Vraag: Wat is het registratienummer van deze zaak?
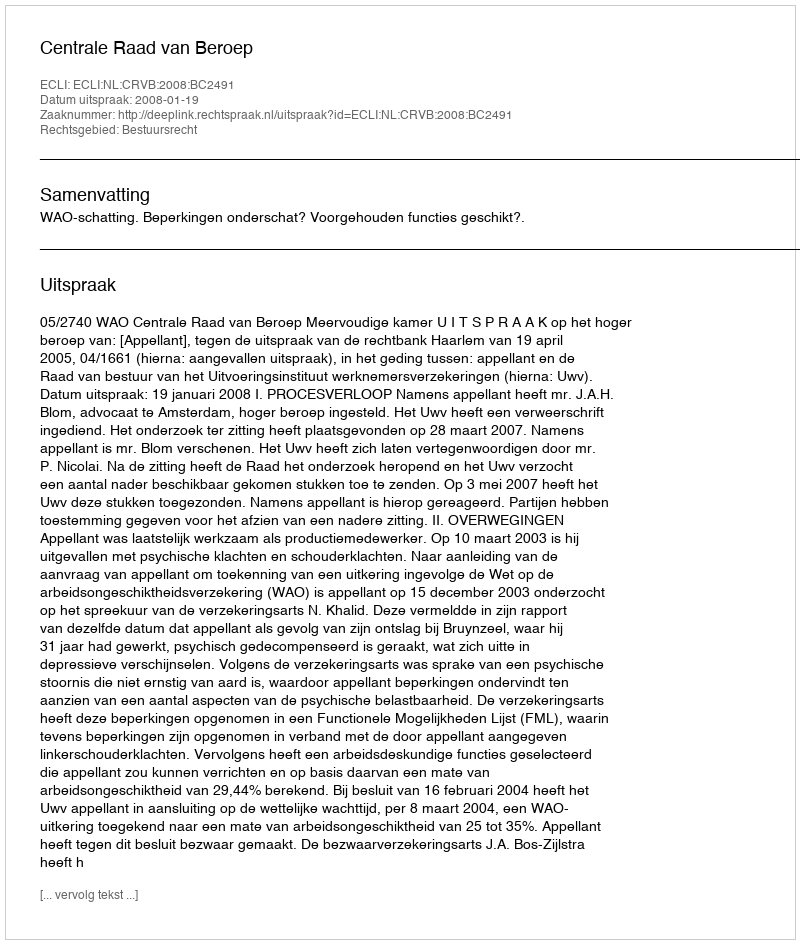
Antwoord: http://deeplink.rechtspraak.nl/uitspraak?id=ECLI:NL:CRVB:2008:BC2491